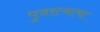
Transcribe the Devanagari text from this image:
पुत्ररत्नाचा